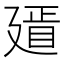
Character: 𢌫